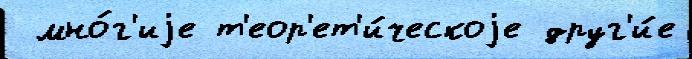
 мно́г'иjе т'еор'ет'и́ческоjе друг'и́е